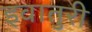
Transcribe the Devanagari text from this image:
इवातुरी